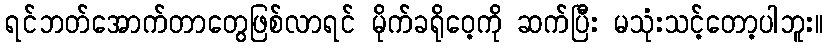
ရင်ဘတ်အောက်တာတွေဖြစ်လာရင် မိုက်ခရိုဝေ့ကို ဆက်ပြီး မသုံးသင့်တော့ပါဘူး။